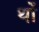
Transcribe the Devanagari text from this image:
थों